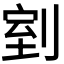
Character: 𭃸